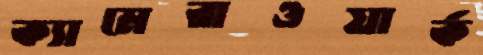
ক্যামেরাওয়ার্ক